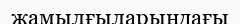
жамылғыларындағы